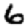
Digit: 6